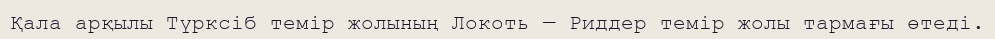
Қала арқылы Түрксіб темір жолының Локоть — Риддер темір жолы тармағы өтеді.